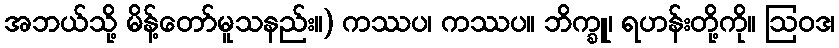
အဘယ်သို့ မိန့်တော်မူသနည်း။) ကဿပ၊ ကဿပ။ ဘိက္ခူ၊ ရဟန်းတို့ကို။ ဩဝဒ၊